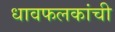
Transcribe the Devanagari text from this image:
धावफलकांची